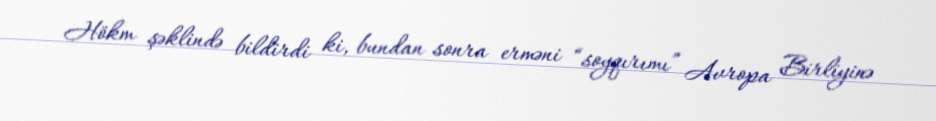
Hökm şəklində bildirdi ki, bundan sonra erməni “soyqırımı” Avropa Birliyinə